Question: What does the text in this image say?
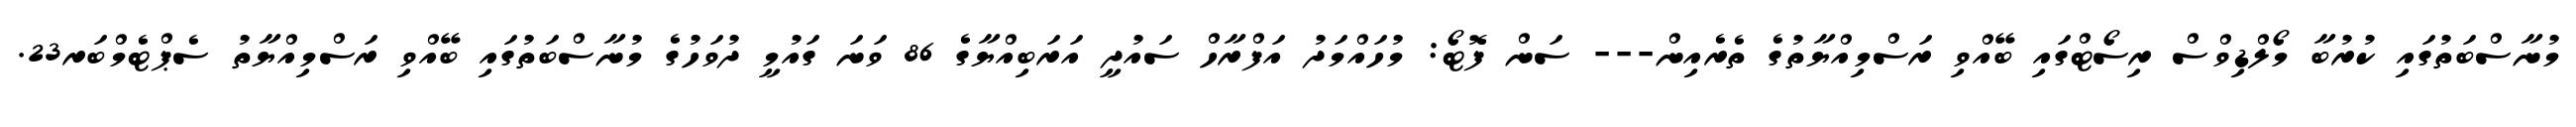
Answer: މުނާސްބަތުގައި ކުރުބާ މޯލްޑިވްސް ރިސޯޓްގައި ބޭއްވި ރަސްމިއްޔާތުގެ ތެރެއިން--- ސަން ފޮޓޯ: މުހައްމަދު އަފްރާހް ސައުދީ އަރަބިއްޔާގެ 86 ވަނަ ގައުމީ ދުވަހުގެ މުނާސްބަތުގައި ބޭއްވި ރަސްމިއްޔާތު ސެޕްޓެމްބަރ23.